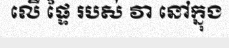
លើ ផ្ទៃ របស់ វា នៅក្នុង